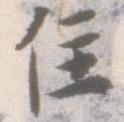
住